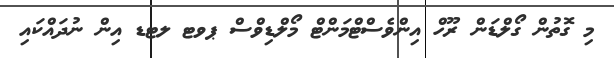
މި ގޮތުން ގޯލްޑަން ރޫހް އިންވެސްޓްމަންޓް މޯލްޑިވްސް ޕވޓ ލޓޑ އިން ނުދައްކައި